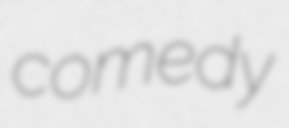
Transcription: comedy